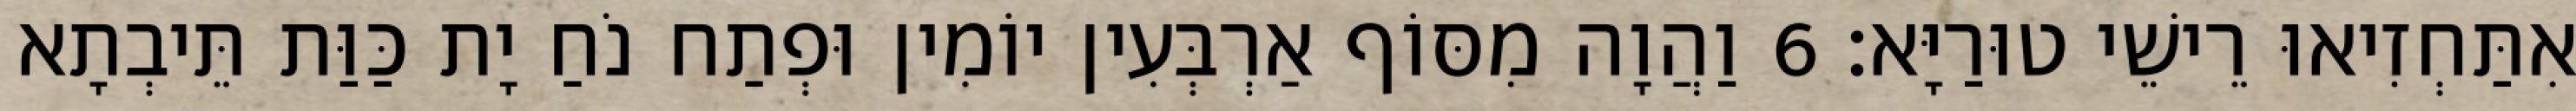
אִתַּחְזִיאוּ רֵישֵׁי טוּרַיָּא׃ 6 וַהֲוָה מִסּוֹף אַרְבְּעִין יוֹמִין וּפְתַח נֹחַ יָת כַּוַּת תֵּיבְתָא